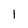
Character: l